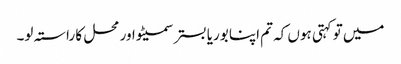
میں تو کہتی ہوں کہ تم اپنا بوریا بستر سمیٹو اور محل کا راستہ لو۔